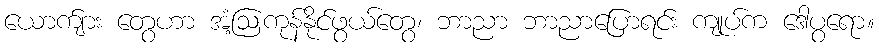
ယောက်ျား တွေဟာ အံ့ဩကုန်နိုင်ဖွယ်တွေ၊ ဘာညာ ဘာညာပြောရင်း ကျုပ်က ဒေါပွရော။